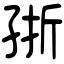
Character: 㝂